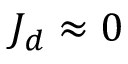
J _ { d } \approx 0